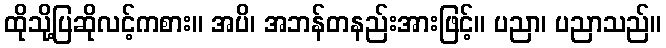
ထိုသို့ပြဆိုလင့်ကစား။ အပိ၊ အဘန်တနည်းအားဖြင့်။ ပညာ၊ ပညာသည်။